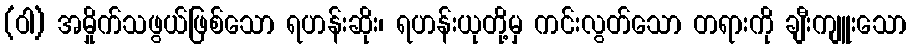
(ဝါ) အမှိုက်သဖွယ်ဖြစ်သော ရဟန်းဆိုး၊ ရဟန်းယုတို့မှ ကင်းလွတ်သော တရားကို ချီးကျူးသော